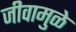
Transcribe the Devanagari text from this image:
जीवामुळे